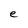
Character: e